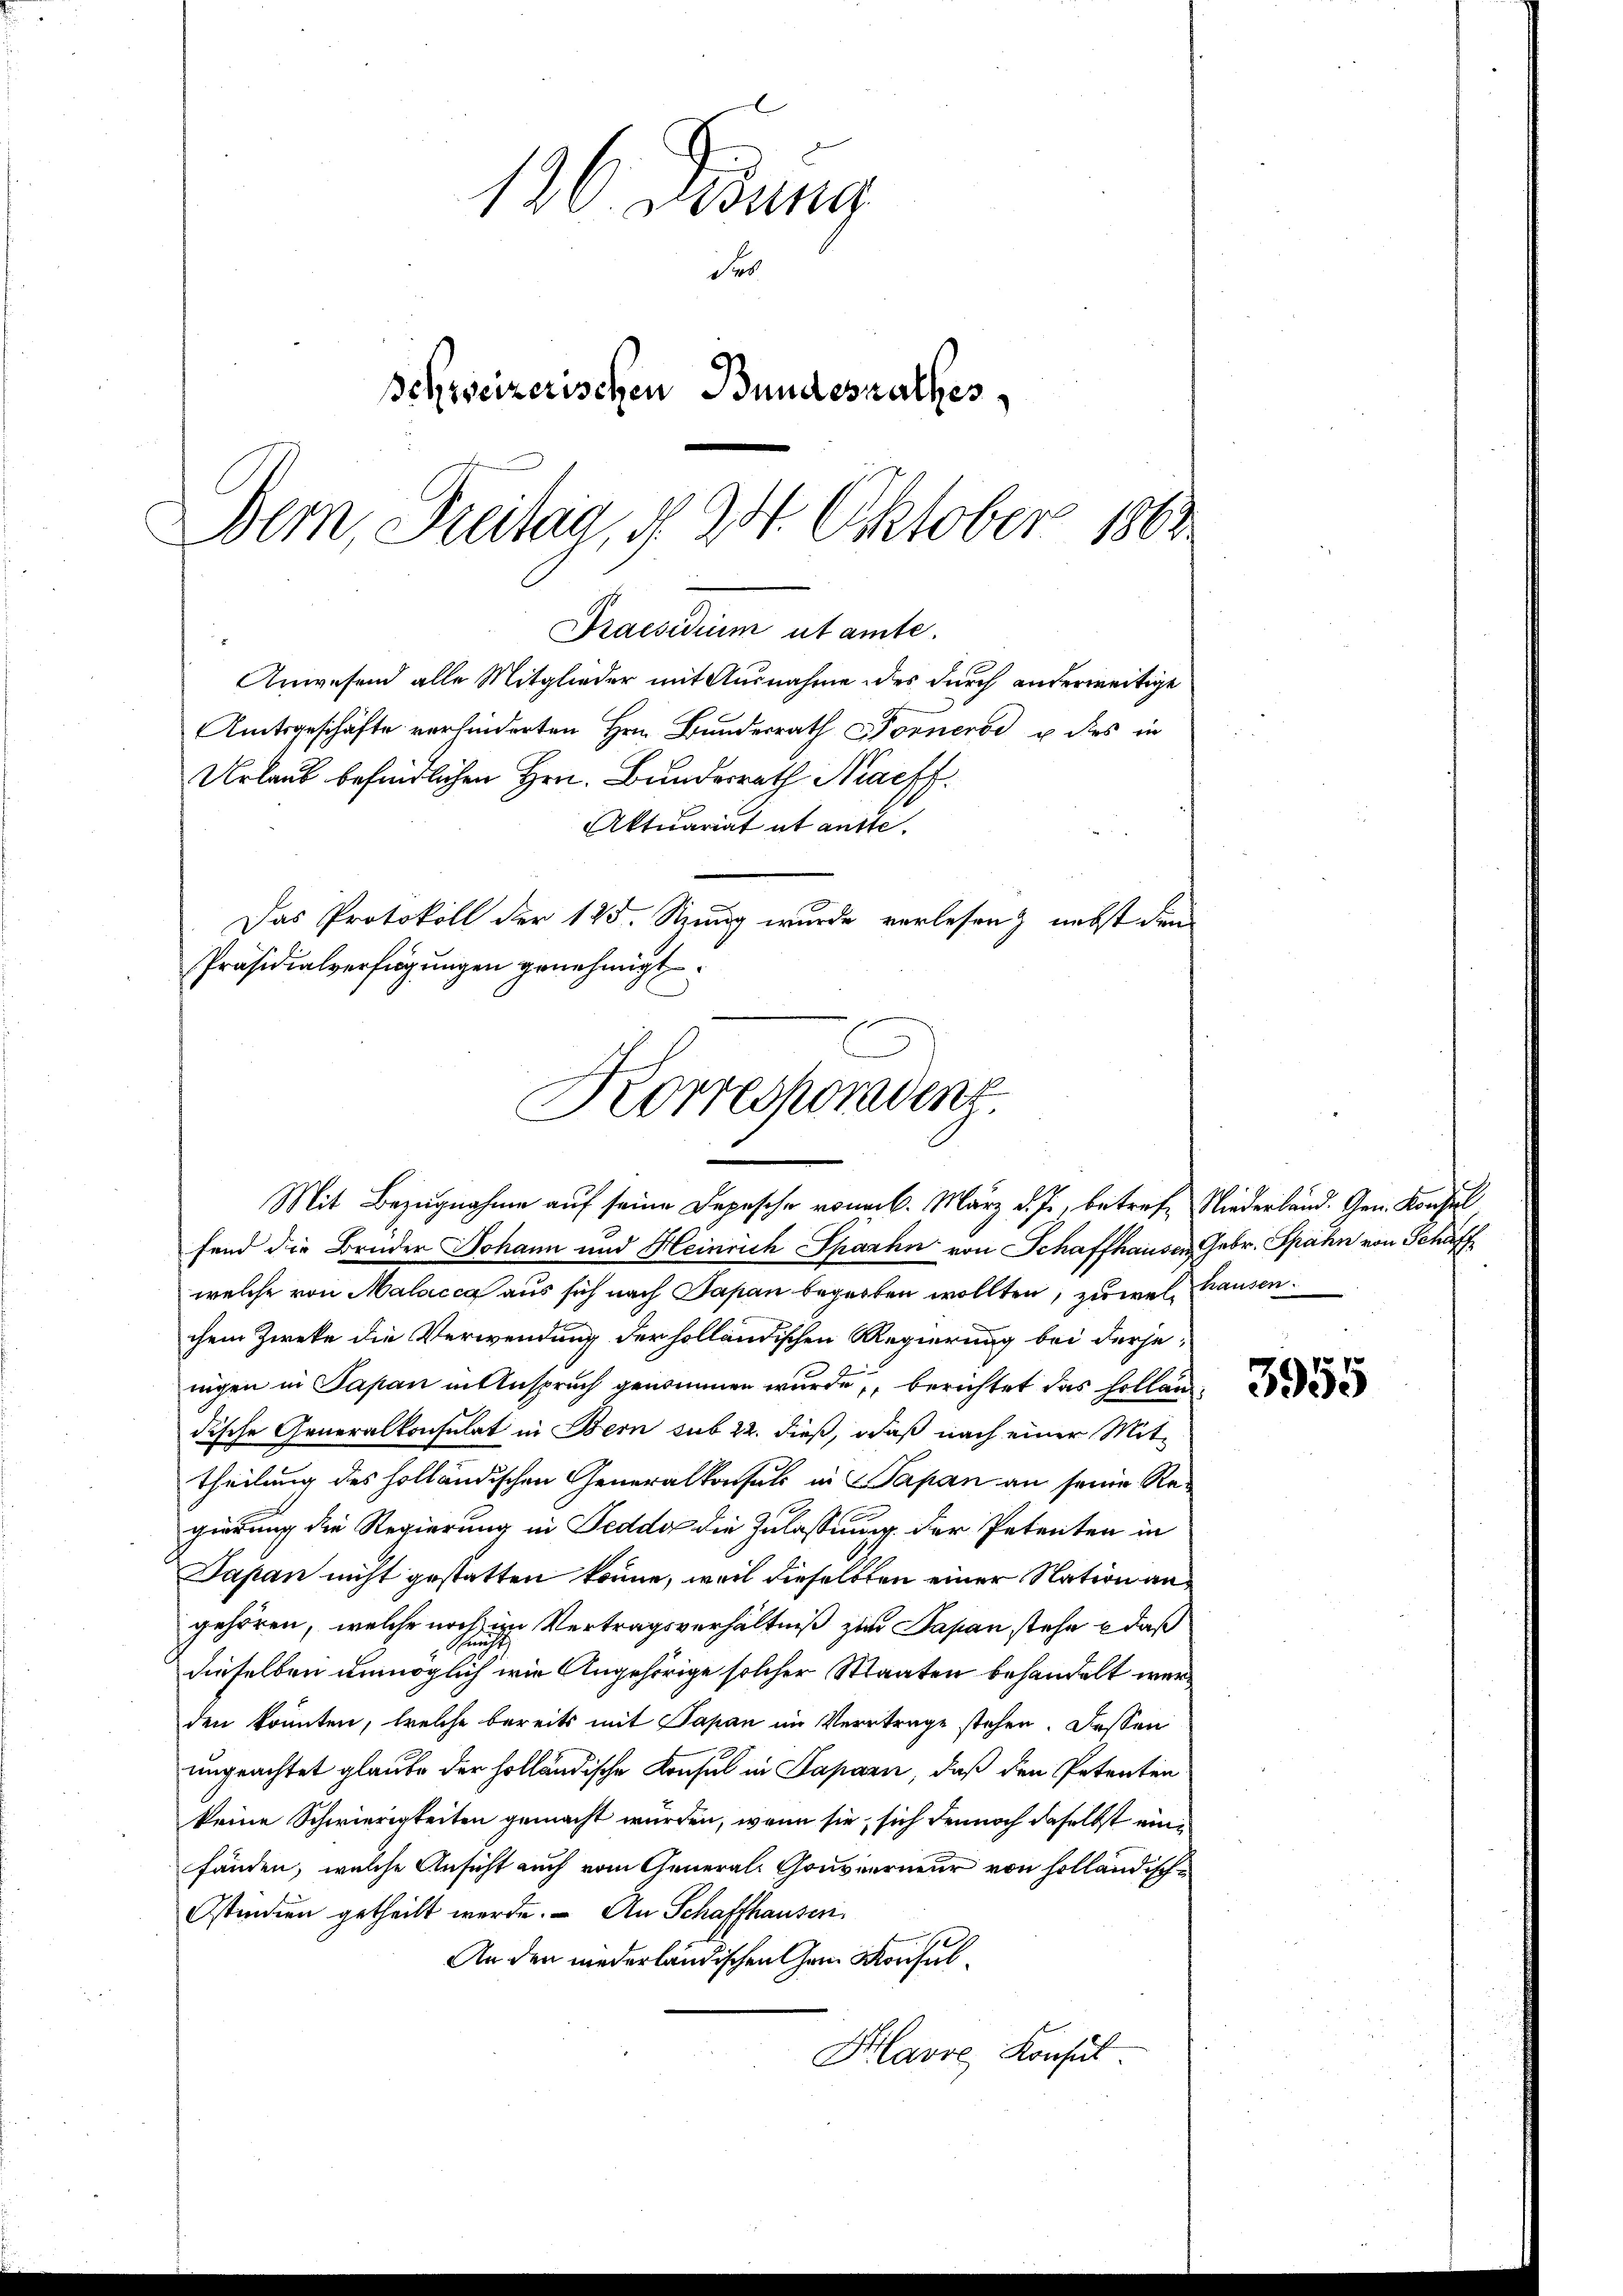
136. Debung
Fr
Schreizerischen Bundesrathes,
Bern, Breitag, § 24. Oktober 1863

Amtsgeschäfte verhinderten Hrn. Bundesrath Forneros u des in
Urlaub befindlichen Hrn. Bundesrath Nachf
Aktuariat ut antte.
Das Protokoll der 125. Sitzung wurde verlesen) nebst dem
Präsidialverfügungen genehmigt.
Korresporadenz

Mit Bezugnahme auf seine Depesche von 6. März d. J., betreff Niederland. Gen. Konstel

Praesidium utamte.
Anwesend alle Mitglieder mit Ausnahme des durch anderweitige

fend die Brüder Johann und Heinrich Sparhn von Schaffhausen Gebr. Spahn von Schaffwelche von Malacca aus sich nach Papan begroben wollten, zu weil hausen.
chem Zwecke die Verwendung der holländischen Regierung bei derjenigen in Papan in Anspruch genommen wurde, berichtet das Hollandische Generalkonsulat in Bern sub 22. dieß, daß nach einer Mittheilung des holländischen Generalkonsuls in 2 Papan an seine Regierung die Regierung in Feddo die Zulassung der Petenten in
Japan nicht gestatten könne, weil dieselben einer Nation angehören, welche noch im Vertragsverhältniß zur Papan stehe – daß
nicht
dieselben unmöglich wie Angehörige solcher Staaten behandelt werden konnten, welche bereits mit Papan im Vertrage stehen. Dessen
ungeachtet glaube der holländische Konsul in Paparn, daß den Petenten
keine Schwierigkeiten gemacht wurden, wenn sie, sich dennoch daselbst einfänden, welche Ansicht auch vom General-Gouverneur von holländische
Ostindien getheilt werde. An Schaffhausen,
An den niederländischen Gem Konsul¬
Havre Konsul

3955